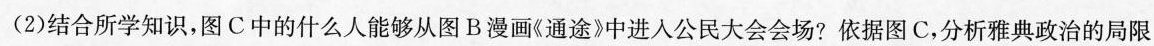
(2)结合所学知识，图C中的什么人能够从图B.漫画《通途9中进入公民大会会场?依据图C.分析雅典政治的局限